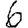
Digit: 6